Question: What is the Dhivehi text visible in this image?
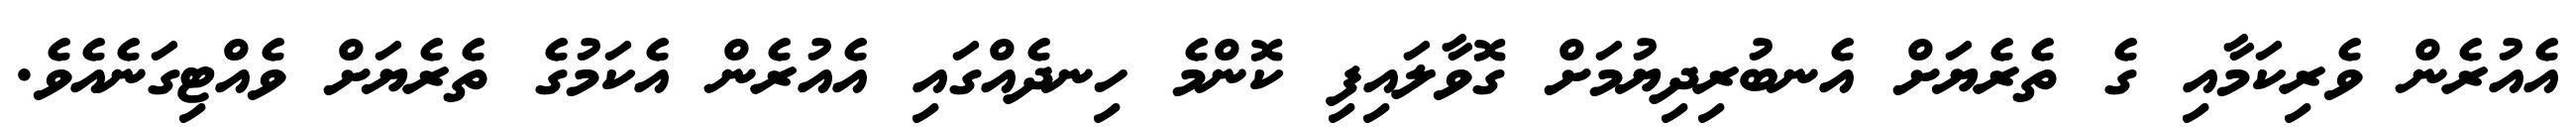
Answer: އެއުރެން ވެރިކަމާއި ގެ ތެރެޔަށް އެނބުރިދިޔުމަށް ގޮވާލައިފި ކޮންމެ ހިނދެއްގައި އެއުރެން އެކަމުގެ ތެރެޔަށް ވެއްޓިގަނެއެވެ.